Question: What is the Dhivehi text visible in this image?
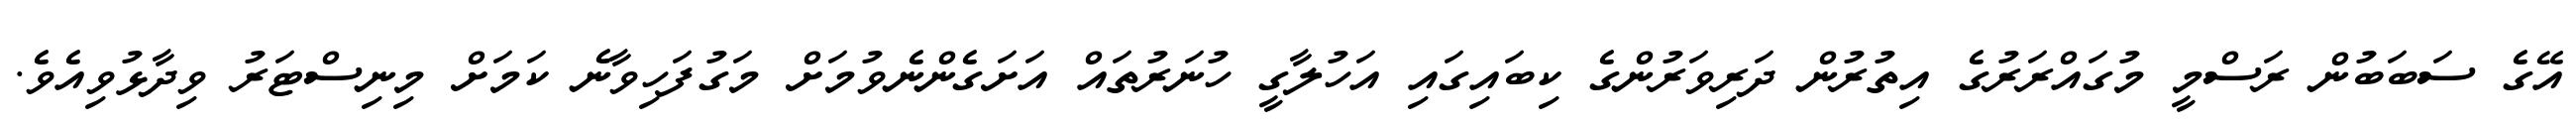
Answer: އޭގެ ސަބަބުން ރަސްމީ މުގައްރަރުގެ އިތުރުން ދަރިވަރުންގެ ކިބައިގައި އަހުލާގީ ހުނަރުތައް އަށަގެންނެވުމަށް މަގުފަހިވާނެ ކަމަށް މިނިސްޓަރު ވިދާޅުވިއެވެ.